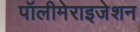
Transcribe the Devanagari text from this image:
पॉलीमेराइजेशन